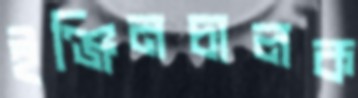
ইঞ্জিনচালক